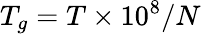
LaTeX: T_{g}=T\times 10^{8}/N